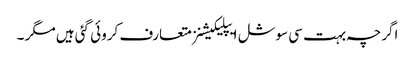
اگرچہ بہت سی سوشل ایپلیکیشنز متعارف کروئی گئی ہیں مگر ۔